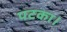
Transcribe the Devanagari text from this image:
पटका।